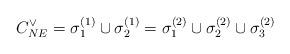
LaTeX: \begin{align*}C_{NE}^{\vee}=\sigma_{1}^{(1)}\cup\sigma_{2}^{(1)}=\sigma_{1}^{(2)}\cup\sigma_{2}^{(2)}\cup\sigma_{3}^{(2)}\end{align*}